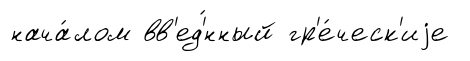
нача́лом вв'ед'́нный гр'е́ческ'иjе